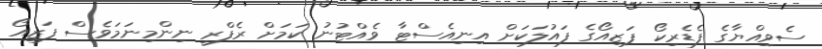
ސެވިއްޔާގެ ފެޑެރިކޯ ފަޒިއޯގެ ފައުލަކަށް އިނިއެސްޓާ ވެއްޓުނު ކަމަށް ރެފްރީ ނިންމިނަމަވެސް ފަޒިއޯ